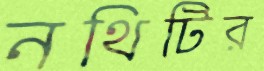
নথিটির